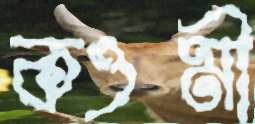
কওমী